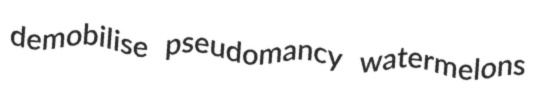
demobilise pseudomancy watermelons